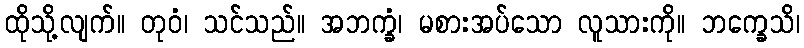
ထိုသို့လျက်။ တုဝံ၊ သင်သည်။ အဘက္ခံ၊ မစားအပ်သော လူသားကို။ ဘက္ခေသိ၊